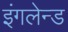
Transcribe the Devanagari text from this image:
इंगलेन्ड